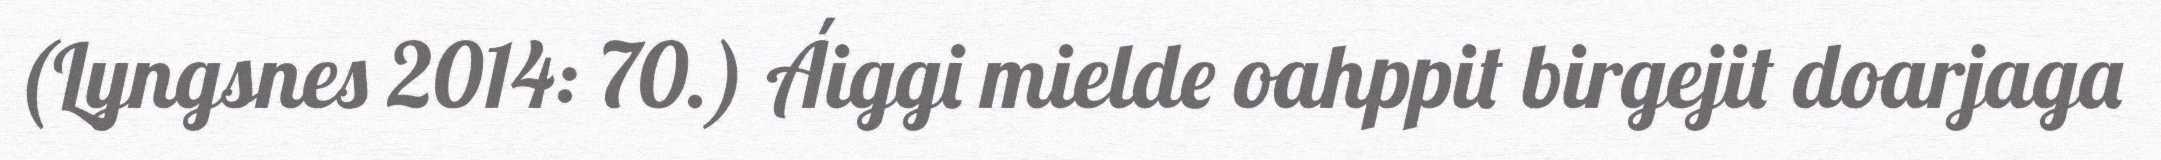
(Lyngsnes 2014: 70.) Áiggi mielde oahppit birgejit doarjaga